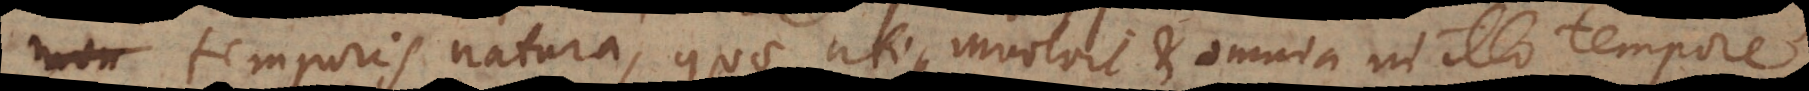
temporis natura, quae utique involvit et omnia in illo tempore